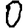
Digit: 0